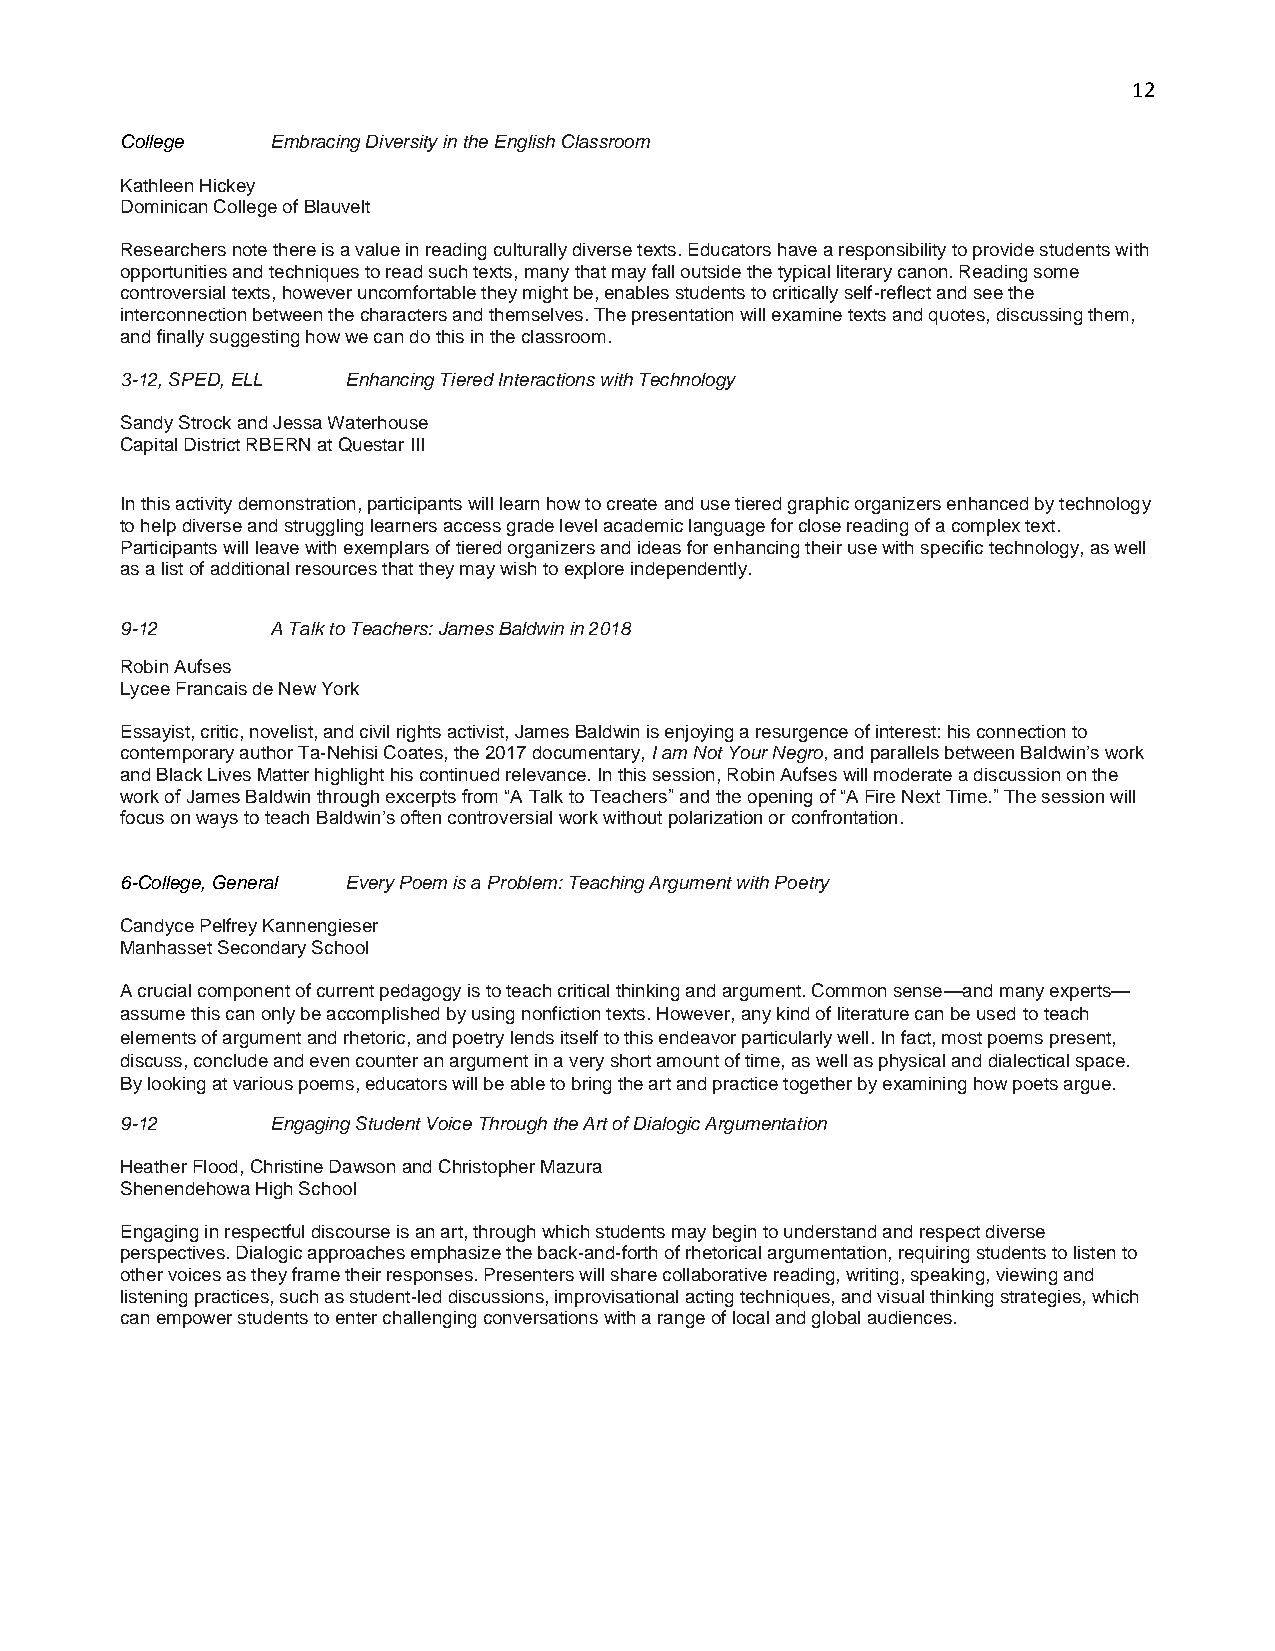
12
 College   Embracing Diversity in the English Classroom
 Kathleen Hickey
 Dominican College of Blauvelt
 Researchers note there is a value in reading culturally diverse texts. Educators have a responsibility to provide students with
 opportunities and techniques to read such texts, many that may fall outside the typical literary canon. Reading some
 controversial texts, however uncomfortable they might be, enables students to critically self-reflect and see the
 interconnection between the characters and themselves. The presentation will examine texts and quotes, discussing them,
 and finally suggesting how we can do this in the classroom.
 3-12, SPED, ELL Enhancing Tiered Interactions with Technology
 Sandy Strock and Jessa Waterhouse
 Capital District RBERN at Questar III
 In this activity demonstration, participants will learn how to create and use tiered graphic organizers enhanced by technology
 to help diverse and struggling learners access grade level academic language for close reading of a complex text.
 Participants will leave with exemplars of tiered organizers and ideas for enhancing their use with specific technology, as well
 as a list of additional resources that they may wish to explore independently.
 9-12      A Talk to Teachers: James Baldwin in 2018
 Robin Aufses
 Lycee Francais de New York
 Essayist, critic, novelist, and civil rights activist, James Baldwin is enjoying a resurgence of interest: his connection to
 contemporary author Ta-Nehisi Coates, the 2017 documentary, I am Not Your Negro, and parallels between Baldwin’s work
 and Black Lives Matter highlight his continued relevance. In this session, Robin Aufses will moderate a discussion on the
 work of James Baldwin through excerpts from “A Talk to Teachers” and the opening of “A Fire Next Time.” The session will
 focus on ways to teach Baldwin’s often controversial work without polarization or confrontation.
 6-College, General Every Poem is a Problem: Teaching Argument with Poetry
 Candyce Pelfrey Kannengieser
 Manhasset Secondary School
 A crucial component of current pedagogy is to teach critical thinking and argument. Common sense—and many experts—
 assume this can only be accomplished by using nonfiction texts. However, any kind of literature can be used to teach
 elements of argument and rhetoric, and poetry lends itself to this endeavor particularly well. In fact, most poems present,
 discuss, conclude and even counter an argument in a very short amount of time, as well as physical and dialectical space.
 By looking at various poems, educators will be able to bring the art and practice together by examining how poets argue.
 9-12      Engaging Student Voice Through the Art of Dialogic Argumentation
 Heather Flood, Christine Dawson and Christopher Mazura
 Shenendehowa High School
 Engaging in respectful discourse is an art, through which students may begin to understand and respect diverse
 perspectives. Dialogic approaches emphasize the back-and-forth of rhetorical argumentation, requiring students to listen to
 other voices as they frame their responses. Presenters will share collaborative reading, writing, speaking, viewing and
 listening practices, such as student-led discussions, improvisational acting techniques, and visual thinking strategies, which
 can empower students to enter challenging conversations with a range of local and global audiences.